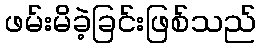
ဖမ်းမိခဲ့ခြင်းဖြစ်သည်